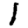
Digit: 1